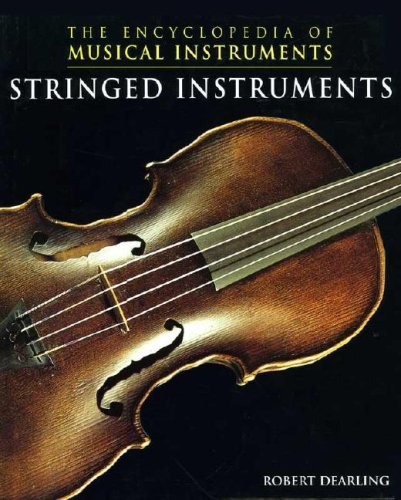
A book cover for Stringed Instruments (The Encyclopedia of Musical Instruments); Robert Dearling; Reference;